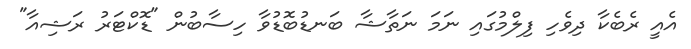
އެއީ ރެބެކާ ދިވެހި ފިލްމުގައި ނަމަ ނަތާޝާ ބަނޑުބޮޑުވާ ހިސާބުން "ޑޮކްޓަރު ރަޝިއާ"